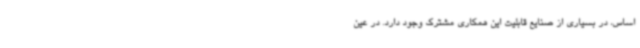
اساس، در بسیاری از صنایع قابلیت این همکاری مشترک وجود دارد. در عین